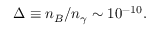
\Delta \equiv n _ { B } / n _ { \gamma } \sim 1 0 ^ { - 1 0 } .